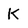
Character: K